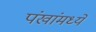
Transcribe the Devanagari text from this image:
पंखांमध्ये